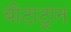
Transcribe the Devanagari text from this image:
बीटाट्रान